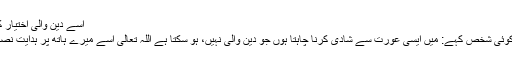
اسے دين والى اختيار كرنى چاہيے.
ہو سكتا ہے كوئى شخص كہے: ميں ايسى عورت سے شادى كرنا چاہتا ہوں جو دين والى نہيں، ہو سكتا ہے اللہ تعالى اسے ميرے ہاتھ پر ہدايت نصيب كر دے ؟